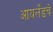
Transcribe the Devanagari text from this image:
आयलँडचे